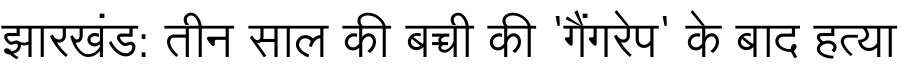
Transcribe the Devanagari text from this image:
झारखंड: तीन साल की बच्ची की 'गैंगरेप' के बाद हत्या